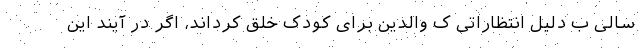
سالی ب دلیل انتظاراتی ک والدین برای کودک خلق کرداند، اگر در آیند این